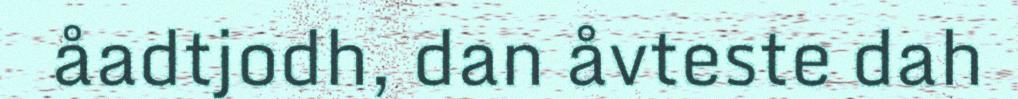
åadtjodh, dan åvteste dah